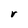
Character: r